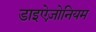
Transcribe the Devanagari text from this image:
डाइऐज़ोनियम